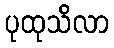
ပုထုသိလာ